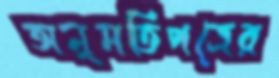
অনুমতিপত্রের